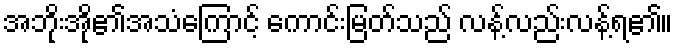
အဘိုးအို၏အသံကြောင့် ကောင်းမြတ်သည် လန့်လည်းလန့်ရ၏။